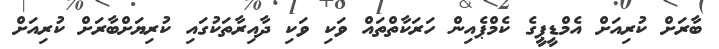
ބާރަށް ކުރިއަށް އެމްޑީޕީގެ ކެމްޕެއިން ހަރަކާތްތައް ވަކި ވަކި ދާއިރާތަކުގައި ކުރިޔަށްބާރަށް ކުރިއަށް